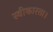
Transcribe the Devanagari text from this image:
स्वीकारता।